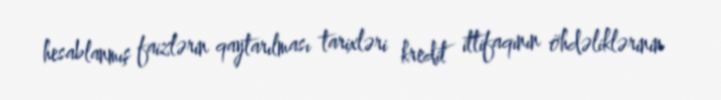
hesablanmış faizlərin qaytarılması tarixləri kredit ittifaqının öhdəliklərinin